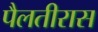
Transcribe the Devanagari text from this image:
पैलतीरास